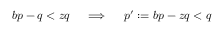
b p - q < z q \quad \implies \quad p ^ { \prime } : = b p - z q < q